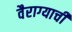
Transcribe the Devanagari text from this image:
वैराग्‍याची